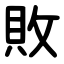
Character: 敗